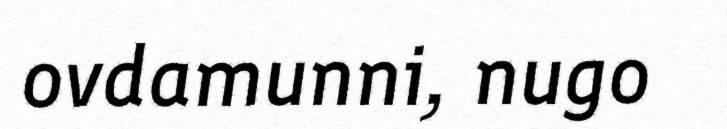
ovdamunni, nugo